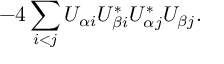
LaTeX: - 4 \sum _ { i < j } U _ { \alpha i } U _ { \beta i } ^ { * } U _ { \alpha j } ^ { * } U _ { \beta j } .